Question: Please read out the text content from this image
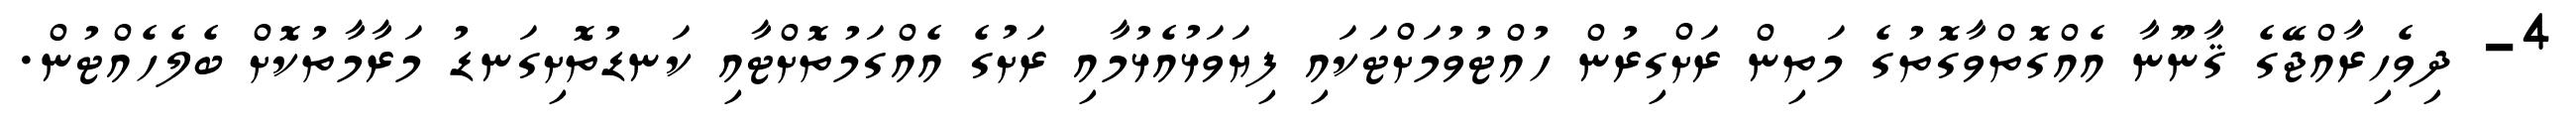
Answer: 4- ދިވެހިރާއްޖޭގެ ޤާނޫނާ އެއްގޮތްވާގޮތުގެ މަތިން ރަށްގިރުން ހުއްޓުވުމަށްޓަކައި ފިޔަވަޅުއެޅުމާއި ރަށުގެ އެއްގަމުތޮށްޓާއި ކަނޑުތޮށިގަނޑު މަރާމާތުކޮށް ބެލެހެއްޓުން.